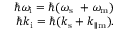
\begin{array} { r } { \hbar \omega _ { \mathrm { i } } = \hbar ( \omega _ { \mathrm { s } } \ + \omega _ { \mathrm { m } } ) } \\ { \hbar \boldsymbol { k } _ { \mathrm { i } } = \hbar ( \boldsymbol { k } _ { \mathrm { s } } + \boldsymbol { k } _ { \parallel \mathrm { m } } ) . } \end{array}